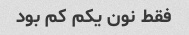
فقط نون یکم کم بود